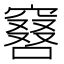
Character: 𠿡